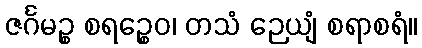
ဇင်္ဂမဉ္စ စရဉ္စေဝ၊ တသံ ဉေယျံ စရာစရံ။